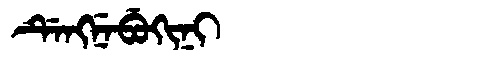
Manchu: ᡩᡝᠩᠨᡝᠪᡠᡴᡳᠨᡳ
Romanization: DENGNEBUKINI